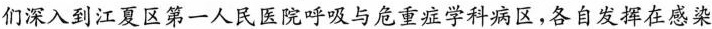
们深入到江夏区第一人民医院呼吸与危重症学科病区，各自发挥在感染